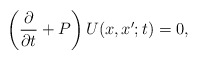
\begin{align*}\left({\partial \over \partial t}+P \right)U(x,x';t)=0,\end{align*}